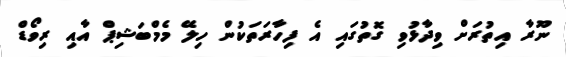
ނޫރާ އިތުރަށް ވިދާޅުވި ގޮތުގައި އެ ފިހާރަތަކުން ހިލޭ މެމްބަޝިޕް އާއި ރިވޯޑް